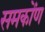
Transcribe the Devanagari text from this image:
समकोंण